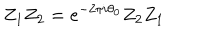
Z _ { 1 } Z _ { 2 } = e ^ { - 2 \pi i \theta _ { 0 } } Z _ { 2 } Z _ { 1 }